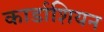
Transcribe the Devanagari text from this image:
कार्डाशियन